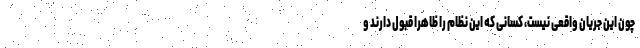
چون این جریان واقعی نیست، کسانی که این نظام را ظاهرا قبول دارند و